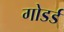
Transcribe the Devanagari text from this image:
गोडर्ड